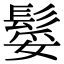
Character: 𩭏